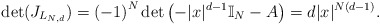
\begin{align*}\det(J_{L_{N,d}})=\left( -1\right) ^{N}\det\left( -|x|^{d-1}\mathbb{I}_{N}-A\right) =d|x|^{N\left( d-1\right) }.\end{align*}